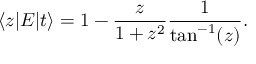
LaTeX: \langle z | E | t \rangle = 1 - \frac { z } { 1 + z ^ { 2 } } \frac { 1 } { \tan ^ { - 1 } ( z ) } .